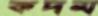
কদম